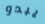
يبدو